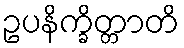
ဥပနိက္ခိတ္တာတိ